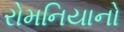
રોમનિયાનો